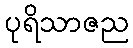
ပုရိသာဇည